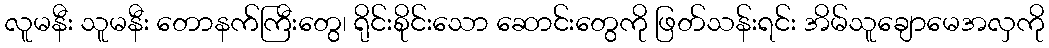
လူမနီး သူမနီး တောနက်ကြီးတွေ၊ ရိုင်းစိုင်းသော ဆောင်းတွေကို ဖြတ်သန်းရင်း အိမ်သူချောမေအလှကို